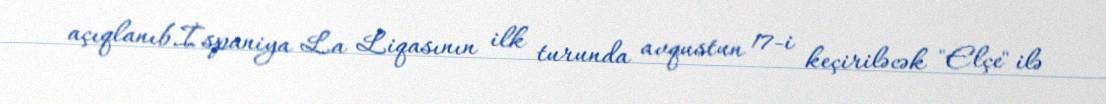
açıqlanıb.İspaniya La Liqasının ilk turunda avqustun 17-i keçiriləcək "Elçe" ilə